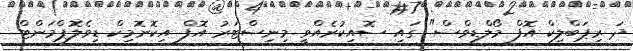
ދަ ރިޕަބްލިކް އޮފް މޯލްޑިވްސް" ގައި ސޮއިކުރެއްވީ މިނިސްޓަރު އޮފް އިކޮނޮމިކް ޑިވެލޮޕްމަންޓް